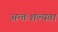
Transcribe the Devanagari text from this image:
अन्तःशल्यता